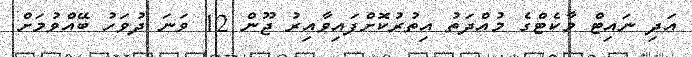
އަދި ނައިޓް މާކެޓްގެ މުއްދަތު އިތުރުކޮށްފައިވާއިރު ޖޫން 12 ވަނަ ދުވަހު ބޭއްވުމަށް